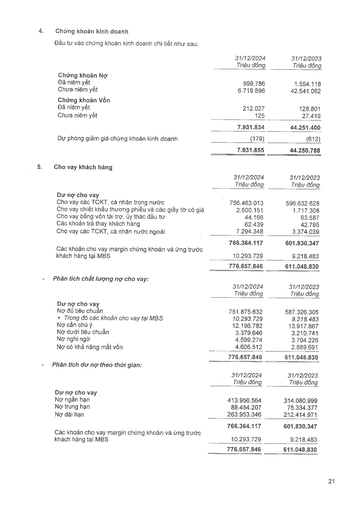
||31/12/2024 Triệu đồng|31/12/2023 Triệu đồng| |---|---|---| |Chứng khoán Nợ||| |Đã niêm yết|999.786|1.554.118| |Chưa niêm yết|6.719.896|42.541.062| |Chứng khoán Vốn||| |Đã niêm yết|212.027|128.801| |Chưa niêm yết|125|27.419| ||7.931.834|44.251.400| |Dự phòng giảm giá chứng khoán kinh doanh|(179)|(612)| ||7.931.655|44.250.788| ||31/12/2024 Triệu đồng|31/12/2023 Triệu đồng| |---|---|---| |Dư nợ cho vay||| |Cho vay các TCTK, cá nhân trong nước|756.463.013|596.632.628| |Cho vay chiết khấu thương phiếu và các giấy tờ có giá|2.500.151|1.717.308| |Cho vay bằng vốn tài trợ, ủy thác đầu tư|44.166|63.587| |Các khoản trả thay khách hàng|62.439|42.785| |Cho vay các TCTK, cá nhân nước ngoài|7.294.348|3.374.039| ||766.364.117|601.830.347| |Các khoản cho vay margin chứng khoán và ứng trước khách hàng tại MBS|10.293.729|9.218.483| ||776.657.846|611.048.830| ||31/12/2024 Triệu đồng|31/12/2023 Triệu đồng| |---|---|---| |Dư nợ cho vay||| |Nợ đủ tiêu chuẩn|751.875.632|587.326.305| |+ Trong đó các khoản cho vay tại MBS|10.293.729|9.218.483| |Nợ cần chú ý|12.196.782|13.917.867| |Nợ dưới tiêu chuẩn|3.379.646|3.210.741| |Nợ nghi ngờ|4.599.274|3.704.226| |Nợ có khả năng mất vốn|4.606.512|2.889.691| ||776.657.846|611.048.830| ||31/12/2024 Triệu đồng|31/12/2023 Triệu đồng| |---|---|---| |Dư nợ cho vay||| |Nợ ngắn hạn|413.956.564|314.080.999| |Nợ trung hạn|88.454.207|75.334.377| |Nợ dài hạn|263.953.346|212.414.971| ||766.364.117|601.830.347| |Các khoản cho vay margin chứng khoán và ứng trước khách hàng tại MBS|10.293.729|9.218.483| ||776.657.846|611.048.830|